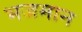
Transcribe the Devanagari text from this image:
भजमान